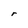
Character: r